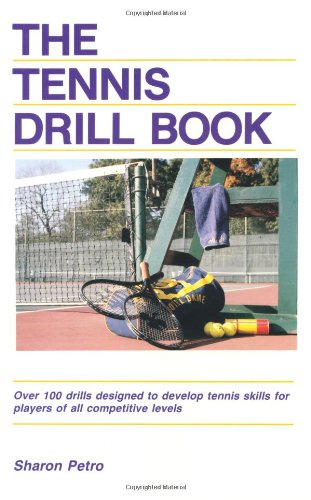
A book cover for The Tennis Drill Book (Tennis Drill Book, Paper); Sharon Petro; Sports & Outdoors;